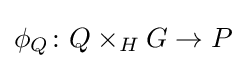
\phi _{Q}\colon Q\times _{H}G\to P